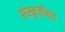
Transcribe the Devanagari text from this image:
संस्कृतींसह